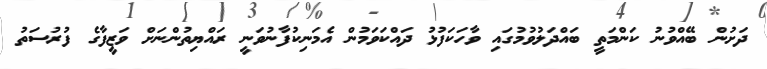
ދަށުން ބޭއްވުނު ކަންމަތީ ބައްދަލުވުމުގައި ވާހަކަފުޅު ދައްކަވަމުން އެމަނިކުފާނުވަނީ ރައްޔިތުންނަށް ވަޒީފާގެ ފުރުސަތު